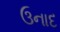
ઉનાદ